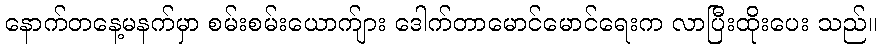
နောက်တနေ့မနက်မှာ စမ်းစမ်းယောက်ျား ဒေါက်တာမောင်မောင်ရေးက လာပြီးထိုးပေး သည်။